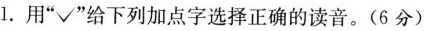
l。用”√”给下列加点字选择正确的读音。(6分)